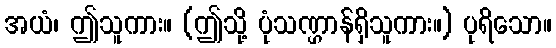
အယံ၊ ဤသူကား။ (ဤသို့ ပုံသဏ္ဌာန်ရှိသူကား။) ပုရိသော။